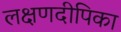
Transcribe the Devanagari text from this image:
लक्षणदीपिका